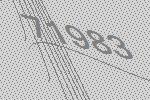
71983